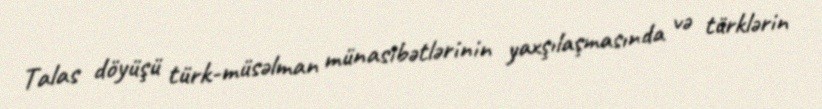
Talas döyüşü türk-müsəlman münasibətlərinin yaxşılaşmasında və türklərin